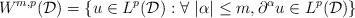
LaTeX: \begin{align*}W^{m,p}(\mathcal{D}) = \{u \in L^p(\mathcal{D}) : \forall \ |\alpha| \leq m, \partial^{\alpha} u \in L^p(\mathcal{D}) \}\end{align*}